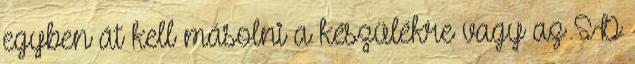
egyben át kell másolni a készülékre vagy az SD